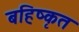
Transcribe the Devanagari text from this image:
बहिष्‍कृत